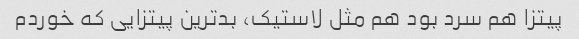
پیتزا هم سرد بود هم مثل لاستیک، بدترین پیتزایی که خوردم